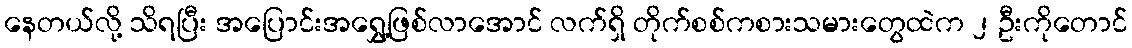
နေတယ်လို့ သိရပြီး အပြောင်းအရွှေ့ဖြစ်လာအောင် လက်ရှိ တိုက်စစ်ကစားသမားတွေထဲက ၂ ဦးကိုတောင်